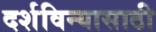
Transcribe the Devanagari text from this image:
दर्शविन्यासाठी